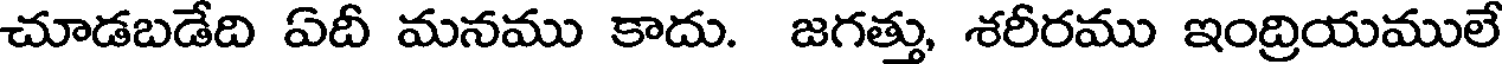
చూడబడేది ఏదీ మనము కాదు. జగత్తు, శరీరము ఇంద్రియములే